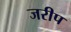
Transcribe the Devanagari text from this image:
जरीप